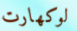
لوكهارت